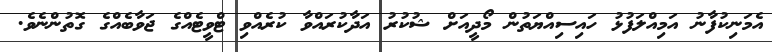
އެމަނިކުފާނު އަމިއްލަފުޅު ހައިސިއްޔަތުން މޯދީއަށް ޝުކުރު އަދާކުރައްވާ ކުރެއްވި ޓްވީޓެއްގެ ޖަވާބެއްގެ ގޮތުންނެވެ.